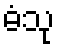
ဓံသု